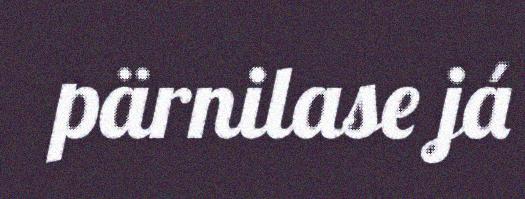
pärnilase já